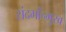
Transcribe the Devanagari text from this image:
संदर्भोन्मुख